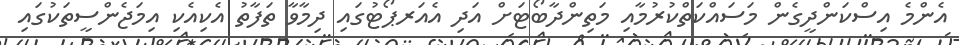
އެންމެ އިސްކަންދީގެން މަސައްކަތްކުރުމާއި މަތިންދާބޯޓަށް އަދި އެއަރޕޯޓުގައި ދިމާވާ ތަފާތު އެކިއެކި އިމަޖެންސީތަކުގައި